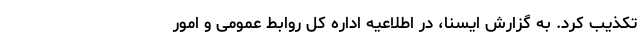
تکذیب کرد. به گزارش ایسنا، در اطلاعیه اداره کل روابط عمومی و امور